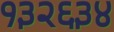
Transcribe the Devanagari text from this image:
१३२६३४